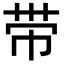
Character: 带